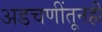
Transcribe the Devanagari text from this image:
अडचणींतूनही